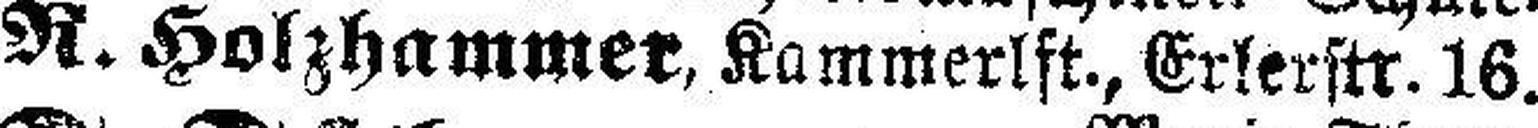
N. Holzhammer, Kammerlft., Erlerstr. 16.